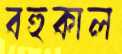
বহুকাল